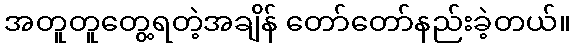
အတူတူတွေ့ရတဲ့အချိန် တော်တော်နည်းခဲ့တယ်။